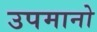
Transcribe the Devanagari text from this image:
उपमानो